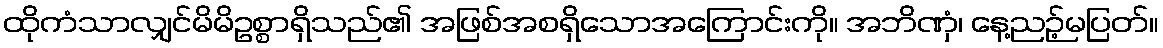
ထိုကံသာလျှင်မိမိဥစ္စာရှိသည်၏ အဖြစ်အစရှိသောအကြောင်းကို။ အဘိဏှံ၊ နေ့ညဉ့်မပြတ်။